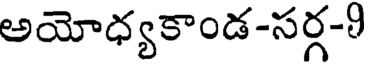
అయోధ్యకాండ-సర్గ-9